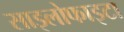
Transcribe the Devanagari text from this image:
साइलोफाइटा